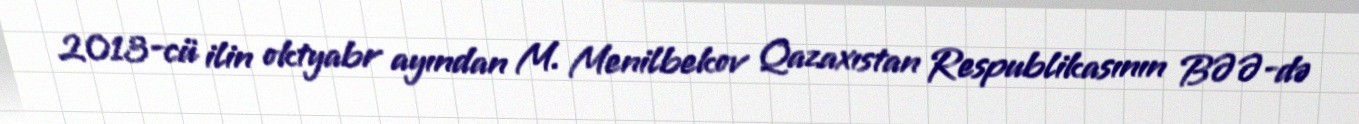
2013-cü ilin oktyabr ayından M. Menilbekov Qazaxıstan Respublikasının BƏƏ-də